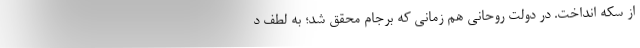
از سکه انداخت. در دولت روحانی هم زمانی که برجام محقق شد؛ به لطف د